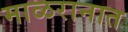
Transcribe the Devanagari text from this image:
माळरानात